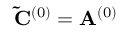
\mathbf { \tilde { C } } ^ { ( 0 ) } = \mathbf { A } ^ { ( 0 ) }